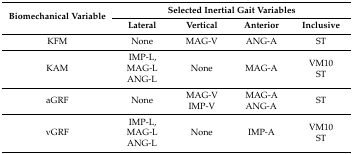
<table><thead><tr><td rowspan="2"><b>Biomechanical Variable</b></td><td colspan="4"><b>Selected Inertial Gait Variables</b></td></tr><tr><td><b>Lateral</b></td><td><b>Vertical</b></td><td><b>Anterior</b></td><td><b>Inclusive</b></td></tr></thead><tbody><tr><td>KFM</td><td>None</td><td>MAG-V</td><td>ANG-A</td><td>ST</td></tr><tr><td>KAM</td><td>IMP-L, MAG-L ANG-L</td><td>None</td><td>MAG-A</td><td>VM10 ST</td></tr><tr><td>aGRF</td><td>None</td><td>MAG-V IMP-V</td><td>MAG-A ANG-A</td><td>ST</td></tr><tr><td>vGRF</td><td>IMP-L, MAG-L ANG-L</td><td>None</td><td>IMP-A</td><td>VM10 ST</td></tr></tbody></table>